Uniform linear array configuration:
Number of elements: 4
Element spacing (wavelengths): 0.5
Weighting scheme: blackman
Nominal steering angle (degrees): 15
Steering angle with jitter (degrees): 13.959
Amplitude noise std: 0.05
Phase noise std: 0.05

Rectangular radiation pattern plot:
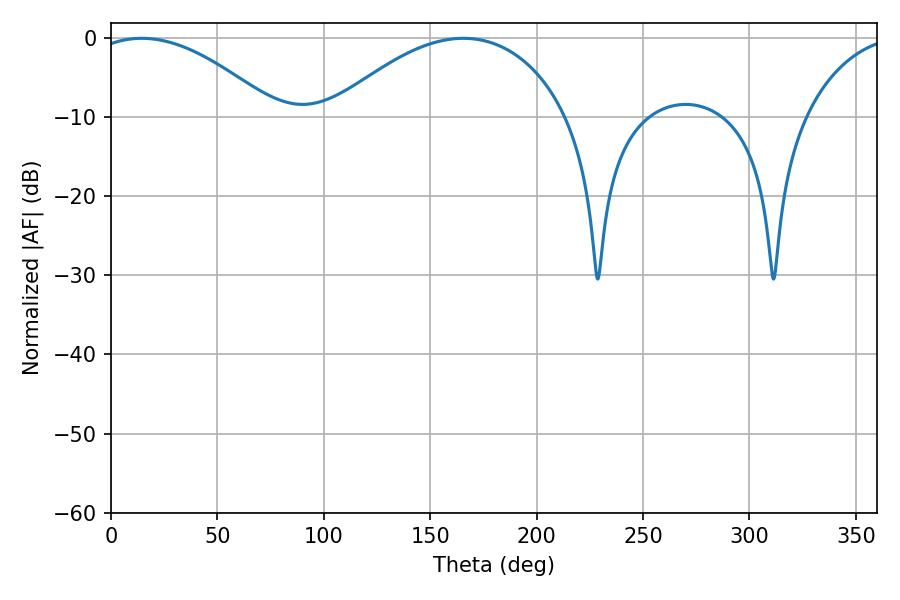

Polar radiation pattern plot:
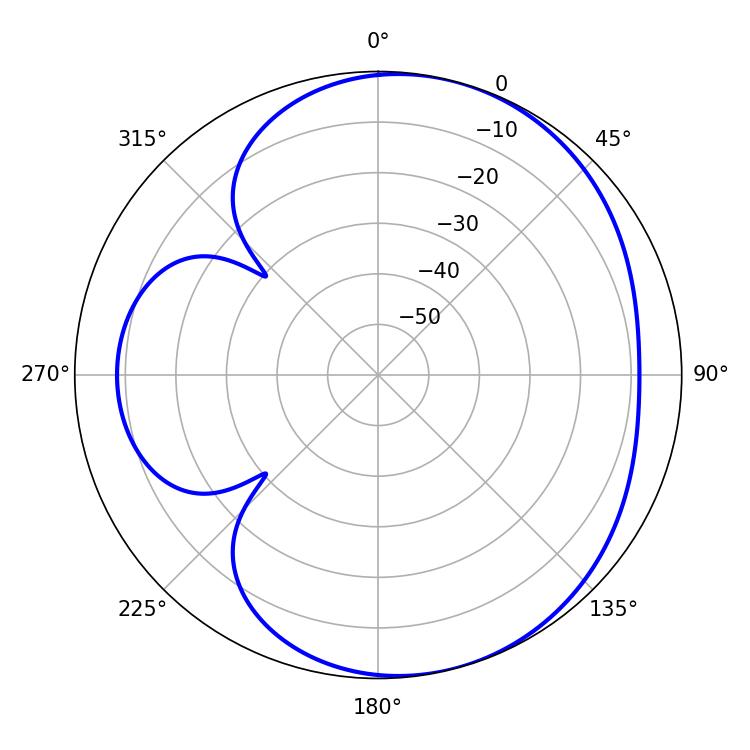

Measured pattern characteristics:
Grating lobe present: FALSE
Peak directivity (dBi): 5.022
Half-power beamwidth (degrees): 48.42
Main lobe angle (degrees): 14.4